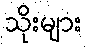
သိုးများ